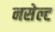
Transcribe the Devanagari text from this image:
नसेल्ट